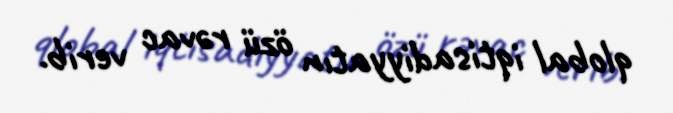
qlobal iqtisadiyyatın özü rəvac verib.